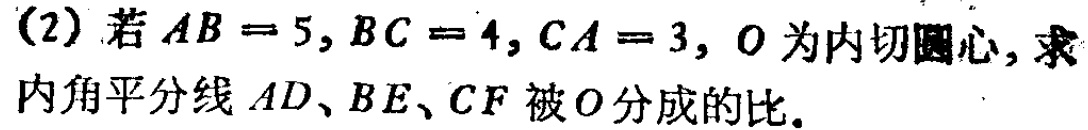
(2) 若 \(AB = 5,BC = 4,CA = 3\)，\(O\) 为内切圆心，求内角平分线 \(AD、BE、CF\) 被 \(O\) 分成的比。